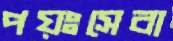
পয়ঃসেবা